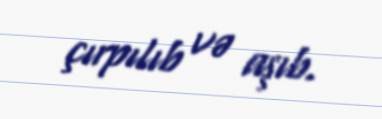
çırpılıb və aşıb.